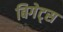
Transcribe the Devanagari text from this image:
बिगेट्स